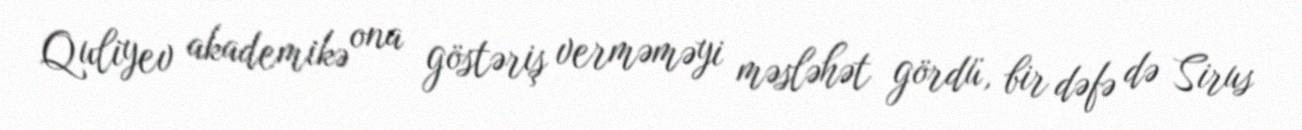
Quliyev akademikə ona göstəriş verməməyi məsləhət gördü, bir dəfə də Sirus